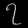
Digit: ၇